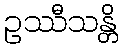
ဥဿီသန္တိ